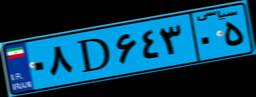
۰۸D۶۴۳۰۵